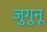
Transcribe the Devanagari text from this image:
जुगुनू